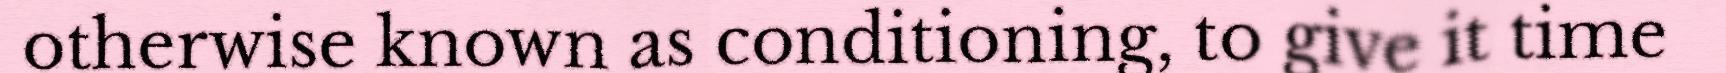
otherwise known as conditioning, to give it time